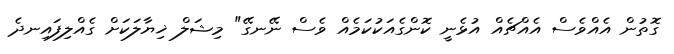
ގޮތުން އެއްވެސް އެއްޗެއް އުޅެނީ ކޮންގެއަކުކަމެއް ވެސް ނޭނގޭ" މިޝަލް ޚިޔާލަކަށް ގެއްލިފައިނދެ